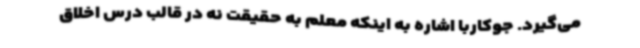
می‌گیرد. جوکاربا اشاره به اینکه معلم به حقیقت نه در قالب درس اخلاق